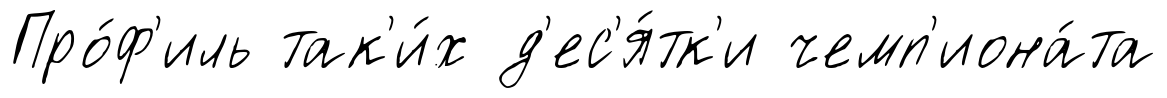
Про́ф'иль так'и́х д'ес'я́тк'и чемп'иона́та